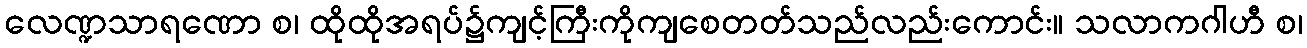
လေဏ္ဍသာရဏော စ၊ ထိုထိုအရပ်၌ကျင့်ကြီးကိုကျစေတတ်သည်လည်းကောင်း။ သလာကဂါဟီ စ၊